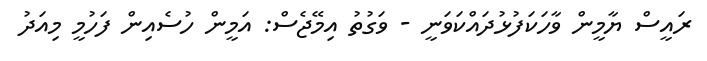
ރައީސް ޔާމީން ވާހަކަފުޅުދައްކަވަނީ - ވަގުތު އިމޭޖެސް: އަމީން ހުސެއިން ފަހުމީ މިއަދު